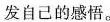
发自己的感悟。